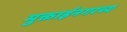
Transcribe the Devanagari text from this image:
मुक्ताईनगरच्य